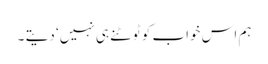
ہم اس خواب کو ٹوٹنے ہی نہیں‘ دیتے ۔